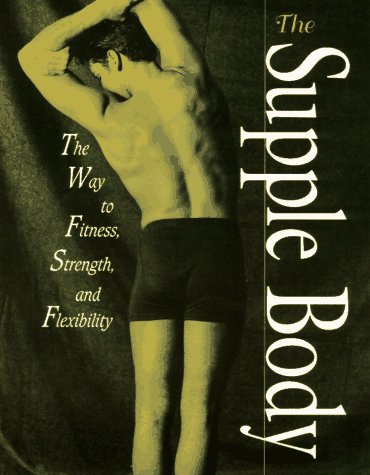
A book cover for The Supple Body: The Way to Fitness, Strength, and Flexibility; Sara Black; Health, Fitness & Dieting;